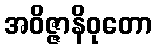
အဝိဇ္ဇာနိဝုတော